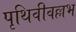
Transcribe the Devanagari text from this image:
पृथिवीवल्लभ